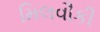
મિલવૌકી